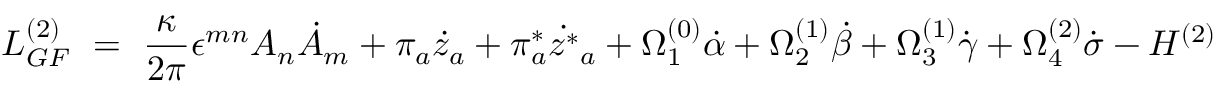
{ \cal L } _ { G F } ^ { ( 2 ) } ~ = ~ \frac { \kappa } { 2 \pi } \epsilon ^ { m n } A _ { n } { \dot { A } } _ { m } + \pi _ { a } { \dot { z } } _ { a } + \pi _ { a } ^ { * } \dot { z ^ { * } } _ { a } + \Omega _ { 1 } ^ { ( 0 ) } \dot { \alpha } + \Omega _ { 2 } ^ { ( 1 ) } \dot { \beta } + \Omega _ { 3 } ^ { ( 1 ) } \dot { \gamma } + \Omega _ { 4 } ^ { ( 2 ) } \dot { \sigma } - { \cal H } ^ { ( 2 ) }